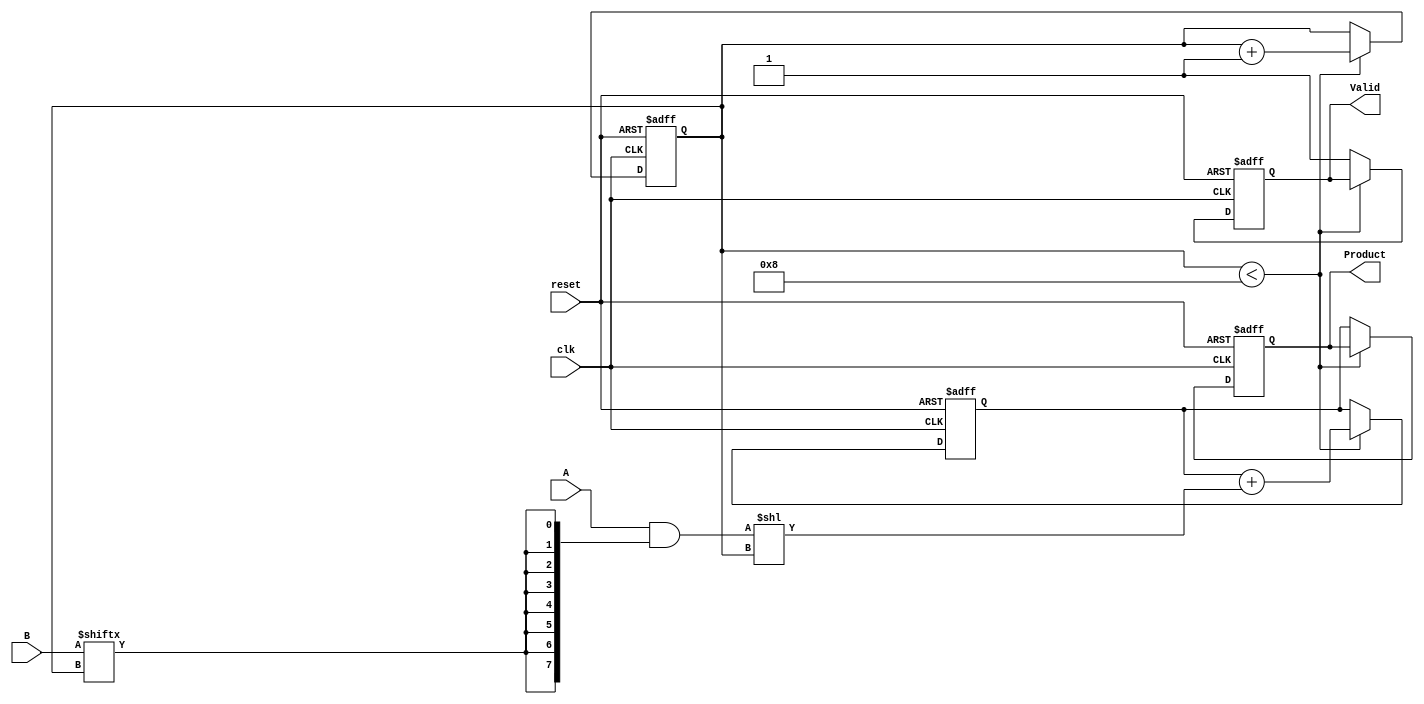
module PartialProductAccumulator #(
    parameter WIDTH = 8 // Width of the operands
)(
    input wire [WIDTH-1:0] A,     // Multiplicand
    input wire [WIDTH-1:0] B,     // Multiplier
    input wire clk,                // Clock signal
    input wire reset,              // Active-high reset signal
    output reg [2*WIDTH-1:0] Product, // Final accumulated product output
    output reg Valid               // Signal indicating that the product is valid
);

    reg [WIDTH-1:0] partial_product; // Current partial product
    reg [3:0] bit_counter;            // Counter for the bits processed
    reg [2*WIDTH-1:0] accumulator;    // Accumulator for the partial products

    // Initialization and accumulation process
    always @(posedge clk or posedge reset) begin
        if (reset) begin
            Product <= 0;
            Valid <= 0;
            accumulator <= 0;
            bit_counter <= 0;
        end else begin
            if (bit_counter < WIDTH) begin
                // Generate the partial product for the current bit
                partial_product = A & {WIDTH{B[bit_counter]}};
                
                // Accumulate the partial product
                accumulator <= accumulator + (partial_product << bit_counter);
                
                // Increment the bit counter
                bit_counter <= bit_counter + 1;
            end else begin
                // All bits processed, finalize the product
                Product <= accumulator;
                Valid <= 1; // Indicate that the product is valid
            end
        end
    end

endmodule